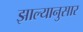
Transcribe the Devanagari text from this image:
झाल्यानुसार